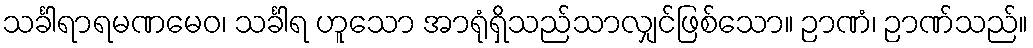
သင်္ခါရာရမဏမေဝ၊ သင်္ခါရ ဟူသော အာရုံရှိသည်သာလျှင်ဖြစ်သော။ ဉာဏံ၊ ဉာဏ်သည်။